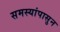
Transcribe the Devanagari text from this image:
समस्यांपासुन